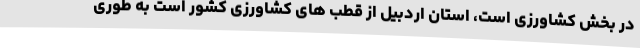
در بخش کشاورزی است، استان اردبیل از قطب های کشاورزی کشور است به طوری